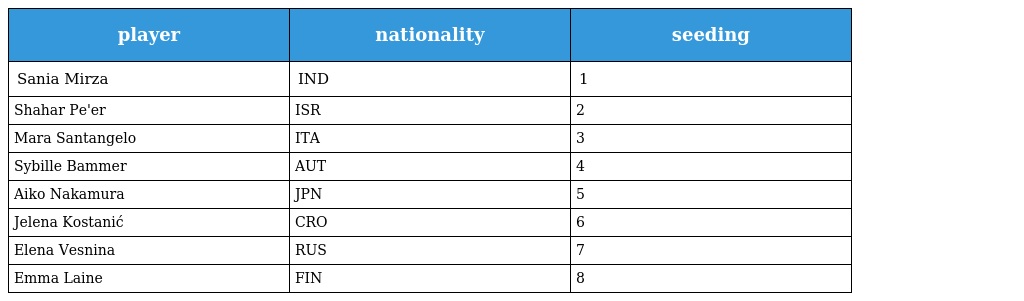
| player | nationality | seeding |
 | --- | --- | --- |
 | Sania Mirza | IND | 1 |
 | Shahar Pe'er | ISR | 2 |
 | Mara Santangelo | ITA | 3 |
 | Sybille Bammer | AUT | 4 |
 | Aiko Nakamura | JPN | 5 |
 | Jelena Kostanić | CRO | 6 |
 | Elena Vesnina | RUS | 7 |
 | Emma Laine | FIN | 8 |